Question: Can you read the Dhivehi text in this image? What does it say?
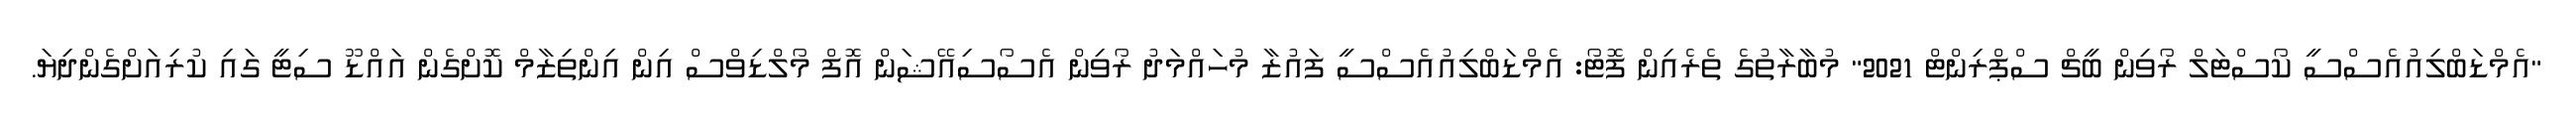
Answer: "އެމްޑަބްލިއުއެސްސީ ކޯސްޓަލް ރޯވިން ބީޗް ސްޕްރިންޓް 2021" މުބާރާތުގެ ތެރެއިން ފޮޓޯ: އެމްޑަބްލިއުއެސްސީ ފައުޒާ މުހައްމަދު ރޯވިން އެސޯސިއޭޝަން އޮފް މޯލްޑިވްސް އިން އިންތިޒާމް ކޮށްގެން އައްޑޫ ސިޓީ ގައި ކުރިއަށްގެންދިޔަ.